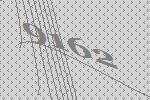
9162